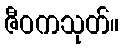
ဇီဝကသုတ်။